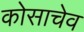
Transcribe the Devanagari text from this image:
कोसाचेव